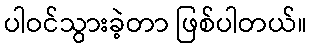
ပါဝင်သွားခဲ့တာ ဖြစ်ပါတယ်။